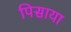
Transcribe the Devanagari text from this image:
पिसाया